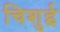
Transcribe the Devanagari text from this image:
चिशुई